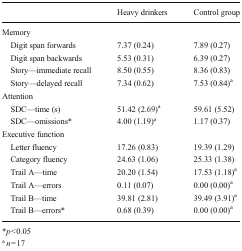
<table><thead><tr><td></td><td><b>Heavy drinkers</b></td><td><b>Control group</b></td></tr></thead><tbody><tr><td colspan="3">Memory</td></tr><tr><td> Digit span forwards</td><td>7.37 (0.24)</td><td>7.89 (0.27)</td></tr><tr><td> Digit span backwards</td><td>5.53 (0.31)</td><td>6.39 (0.27)</td></tr><tr><td> Story—immediate recall</td><td>8.50 (0.55)</td><td>8.36 (0.83)</td></tr><tr><td> Story—delayed recall</td><td>7.34 (0.62)</td><td>7.53 (0.84)<sup>a</sup></td></tr><tr><td colspan="3">Attention</td></tr><tr><td> SDC—time (s)</td><td>51.42 (2.69)<sup>a</sup></td><td>59.61 (5.52)</td></tr><tr><td> SDC—omissions*</td><td>4.00 (1.19)<sup>a</sup></td><td>1.17 (0.37)</td></tr><tr><td colspan="3">Executive function</td></tr><tr><td> Letter fluency</td><td>17.26 (0.83)</td><td>19.39 (1.29)</td></tr><tr><td> Category fluency</td><td>24.63 (1.06)</td><td>25.33 (1.38)</td></tr><tr><td> Trail A—time</td><td>20.20 (1.54)</td><td>17.53 (1.18)<sup>a</sup></td></tr><tr><td> Trail A—errors</td><td>0.11 (0.07)</td><td>0.00 (0.00)<sup>a</sup></td></tr><tr><td> Trail B—time</td><td>39.81 (2.81)</td><td>39.49 (3.91)<sup>a</sup></td></tr><tr><td> Trail B—errors*</td><td>0.68 (0.39)</td><td>0.00 (0.00)<sup>a</sup></td></tr></tbody></table>